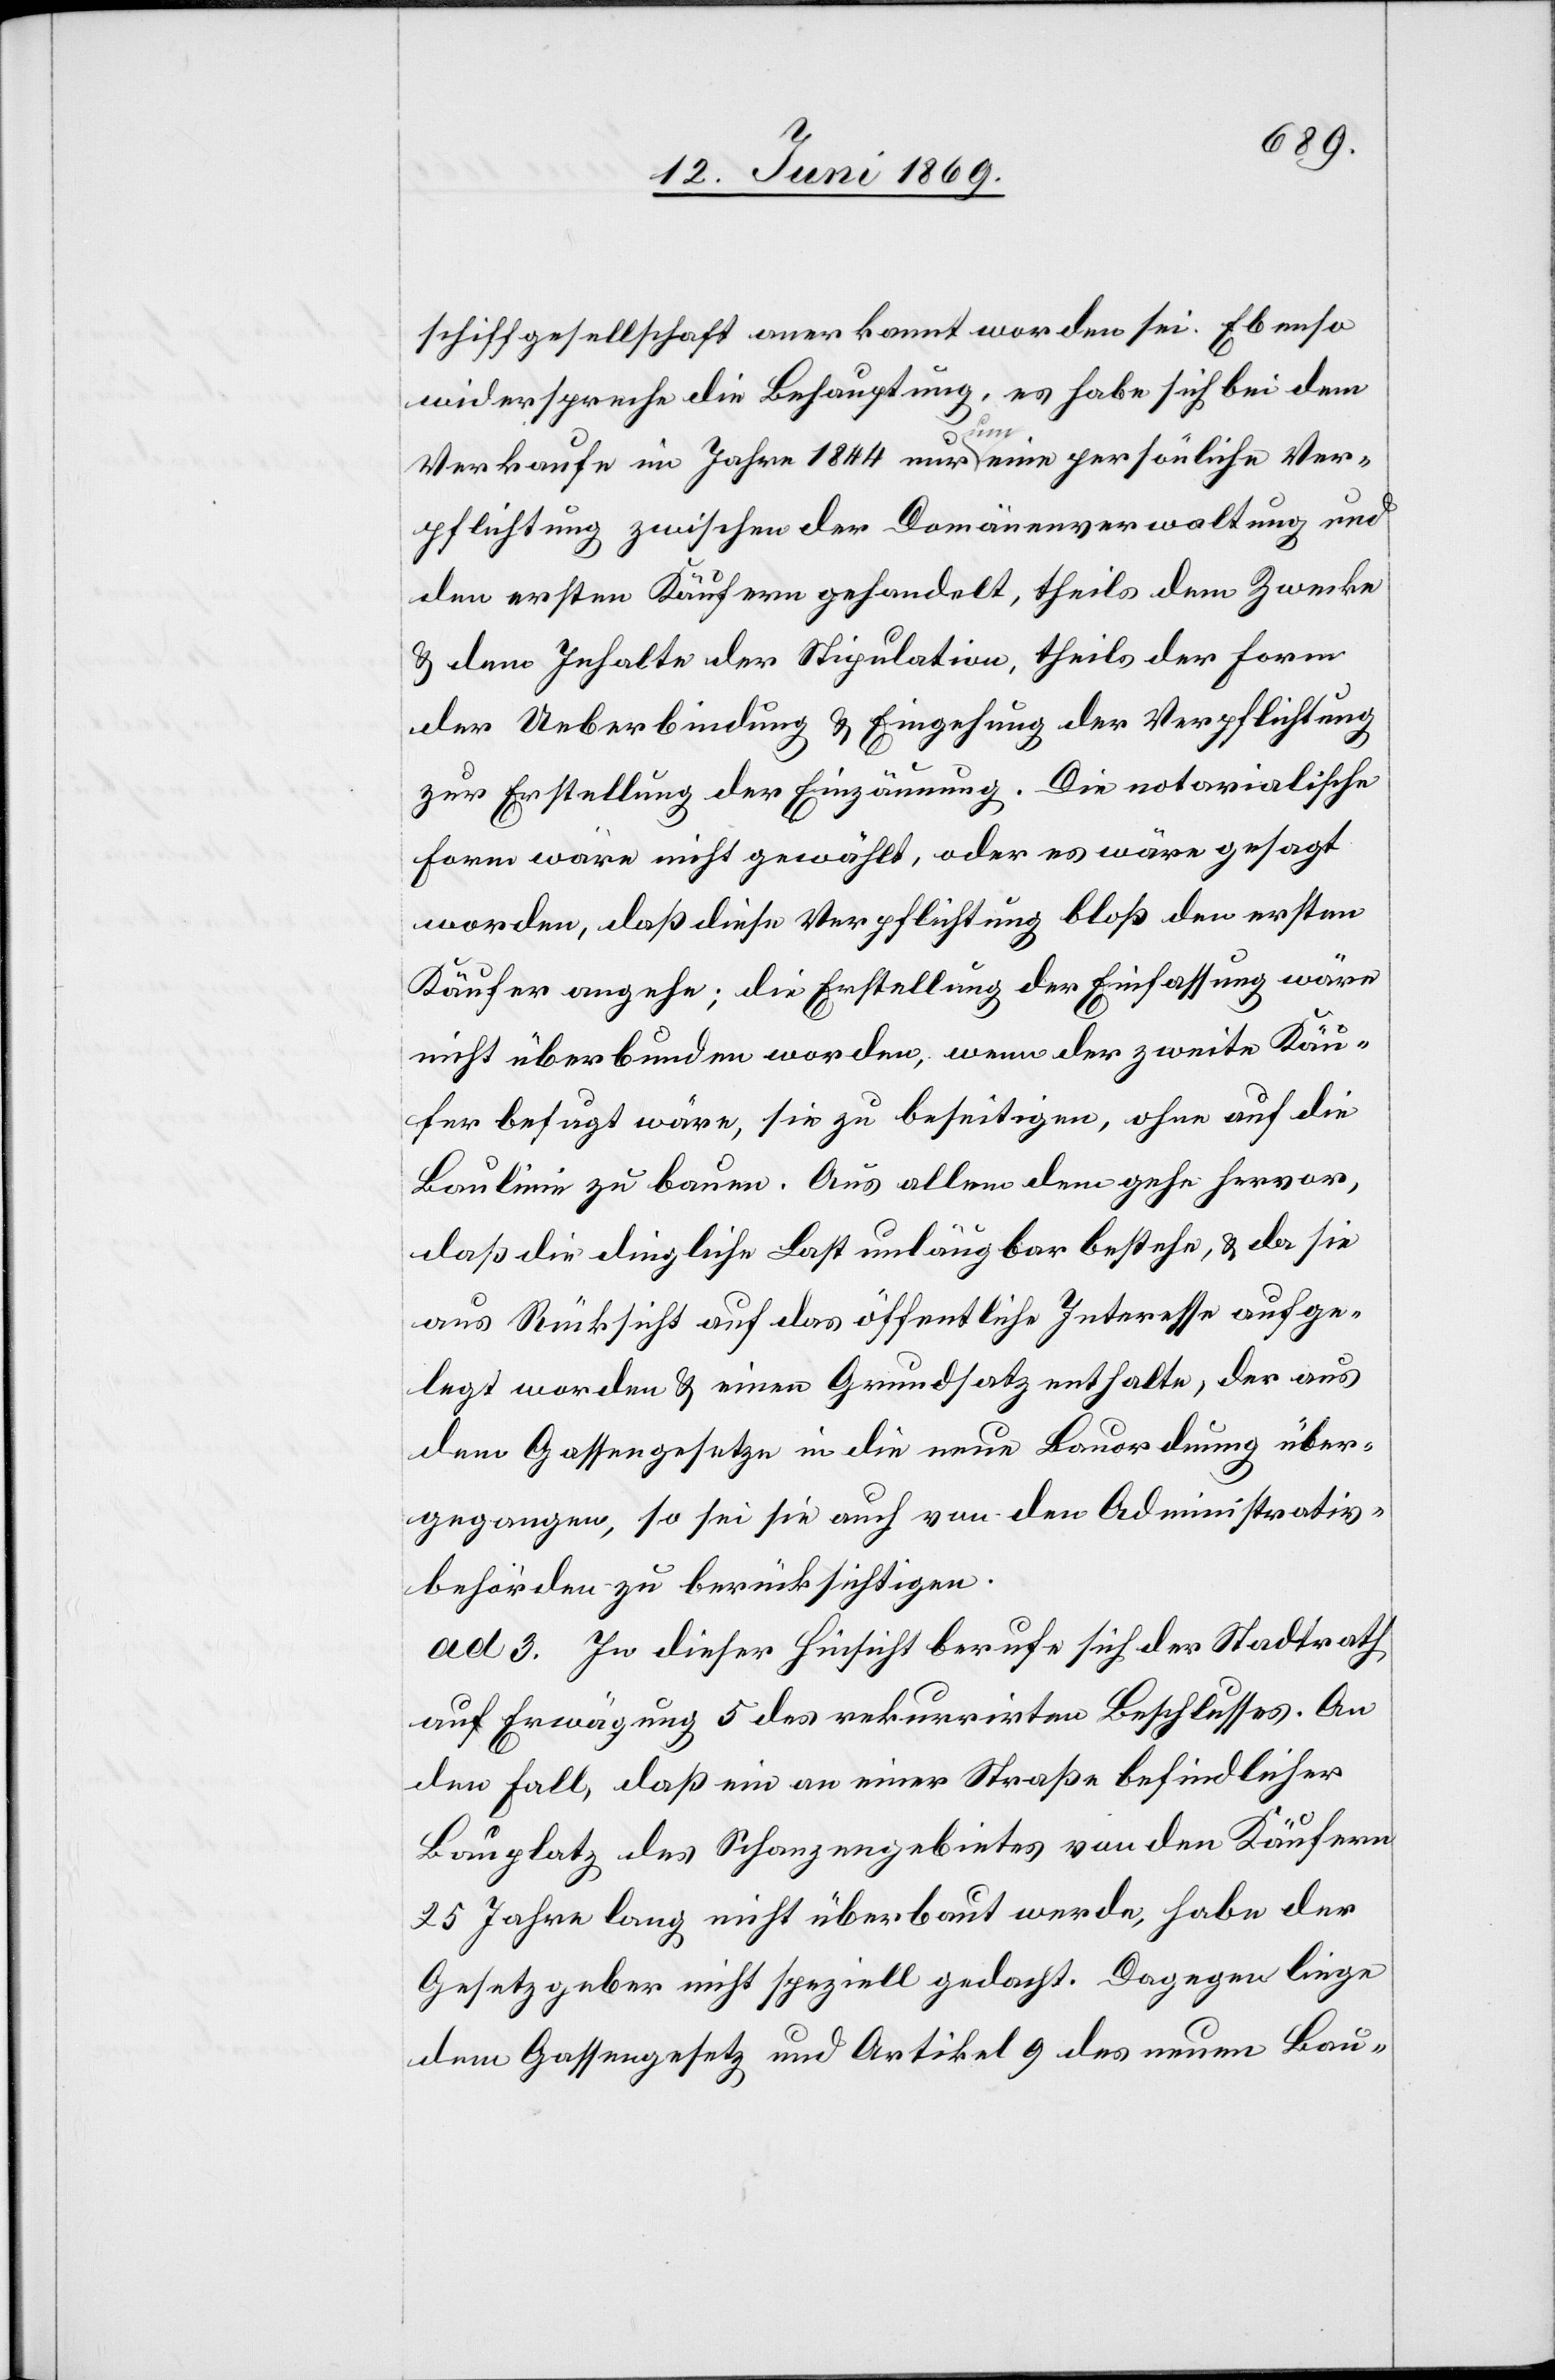
schiffgesellschaft anerkannt worden sei. Ebenso
widerspreche die Behauptung, es habe sich bei dem
Verkaufe im Jahre 1844 nur um eine persönliche Ver¬
pflichtung zwischen der Domänenverwaltung und
den ersten Käufern gehandelt, theils dem Zwecke
u. dem Inhalte der Stipulation, theils der Form
der Ueberbindung u. Eingehung der Verpflichtung
zur Erstellung der Einzäunung. Die notarialische
Form wäre nicht gewählt, oder es wäre gesagt
worden, daß diese Verpflichtung bloß den ersten
Käufer angehe, die Erstellung der Einfassung wäre
nicht überbunden worden, wenn der zweite Käu¬
fer befugt wäre, sie zu beseitigen, ohne auf die
Baulinie zu bauen. Aus allem dem gehe hervor,
daß die dringliche Last unlängbar bestehe, u. da sie
aus Rücksicht auf das öffentliche Interesse aufge¬
legt worden u. einen Grundsatz enthalte, der aus
dem Gassengesetze in die neue Bauordnung über¬
gegangen, so sei sie auch von den Administrativ¬
behörden zu berücksichtigen.
ad 3. In dieser Hinsicht berufe sich der Stadtrath
auf Erwägung 5 des rekurrirten Beschlusses. An
den Fall, daß ein an einer Straße befindlicher
Bauplatz des Schanzengebietes von den Käufern
25 Jahre lang nicht überbaut werde, habe der
Gesetzgeber nicht speziell gedacht. Dagegen liege
dem Gassengesetz und Artikel 9 des neuen Bau-